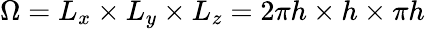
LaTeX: \Omega=L_{x}\times L_{y}\times L_{z}=2\pi h\times h\times\pi h